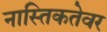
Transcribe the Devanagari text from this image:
नास्तिकतेवर